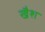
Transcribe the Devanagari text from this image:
खैश